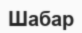
Шабар